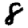
Digit: 8